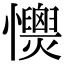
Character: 𢥡